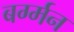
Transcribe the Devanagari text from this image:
बर्ग्मन